Kures,_Voldemar, lk 134
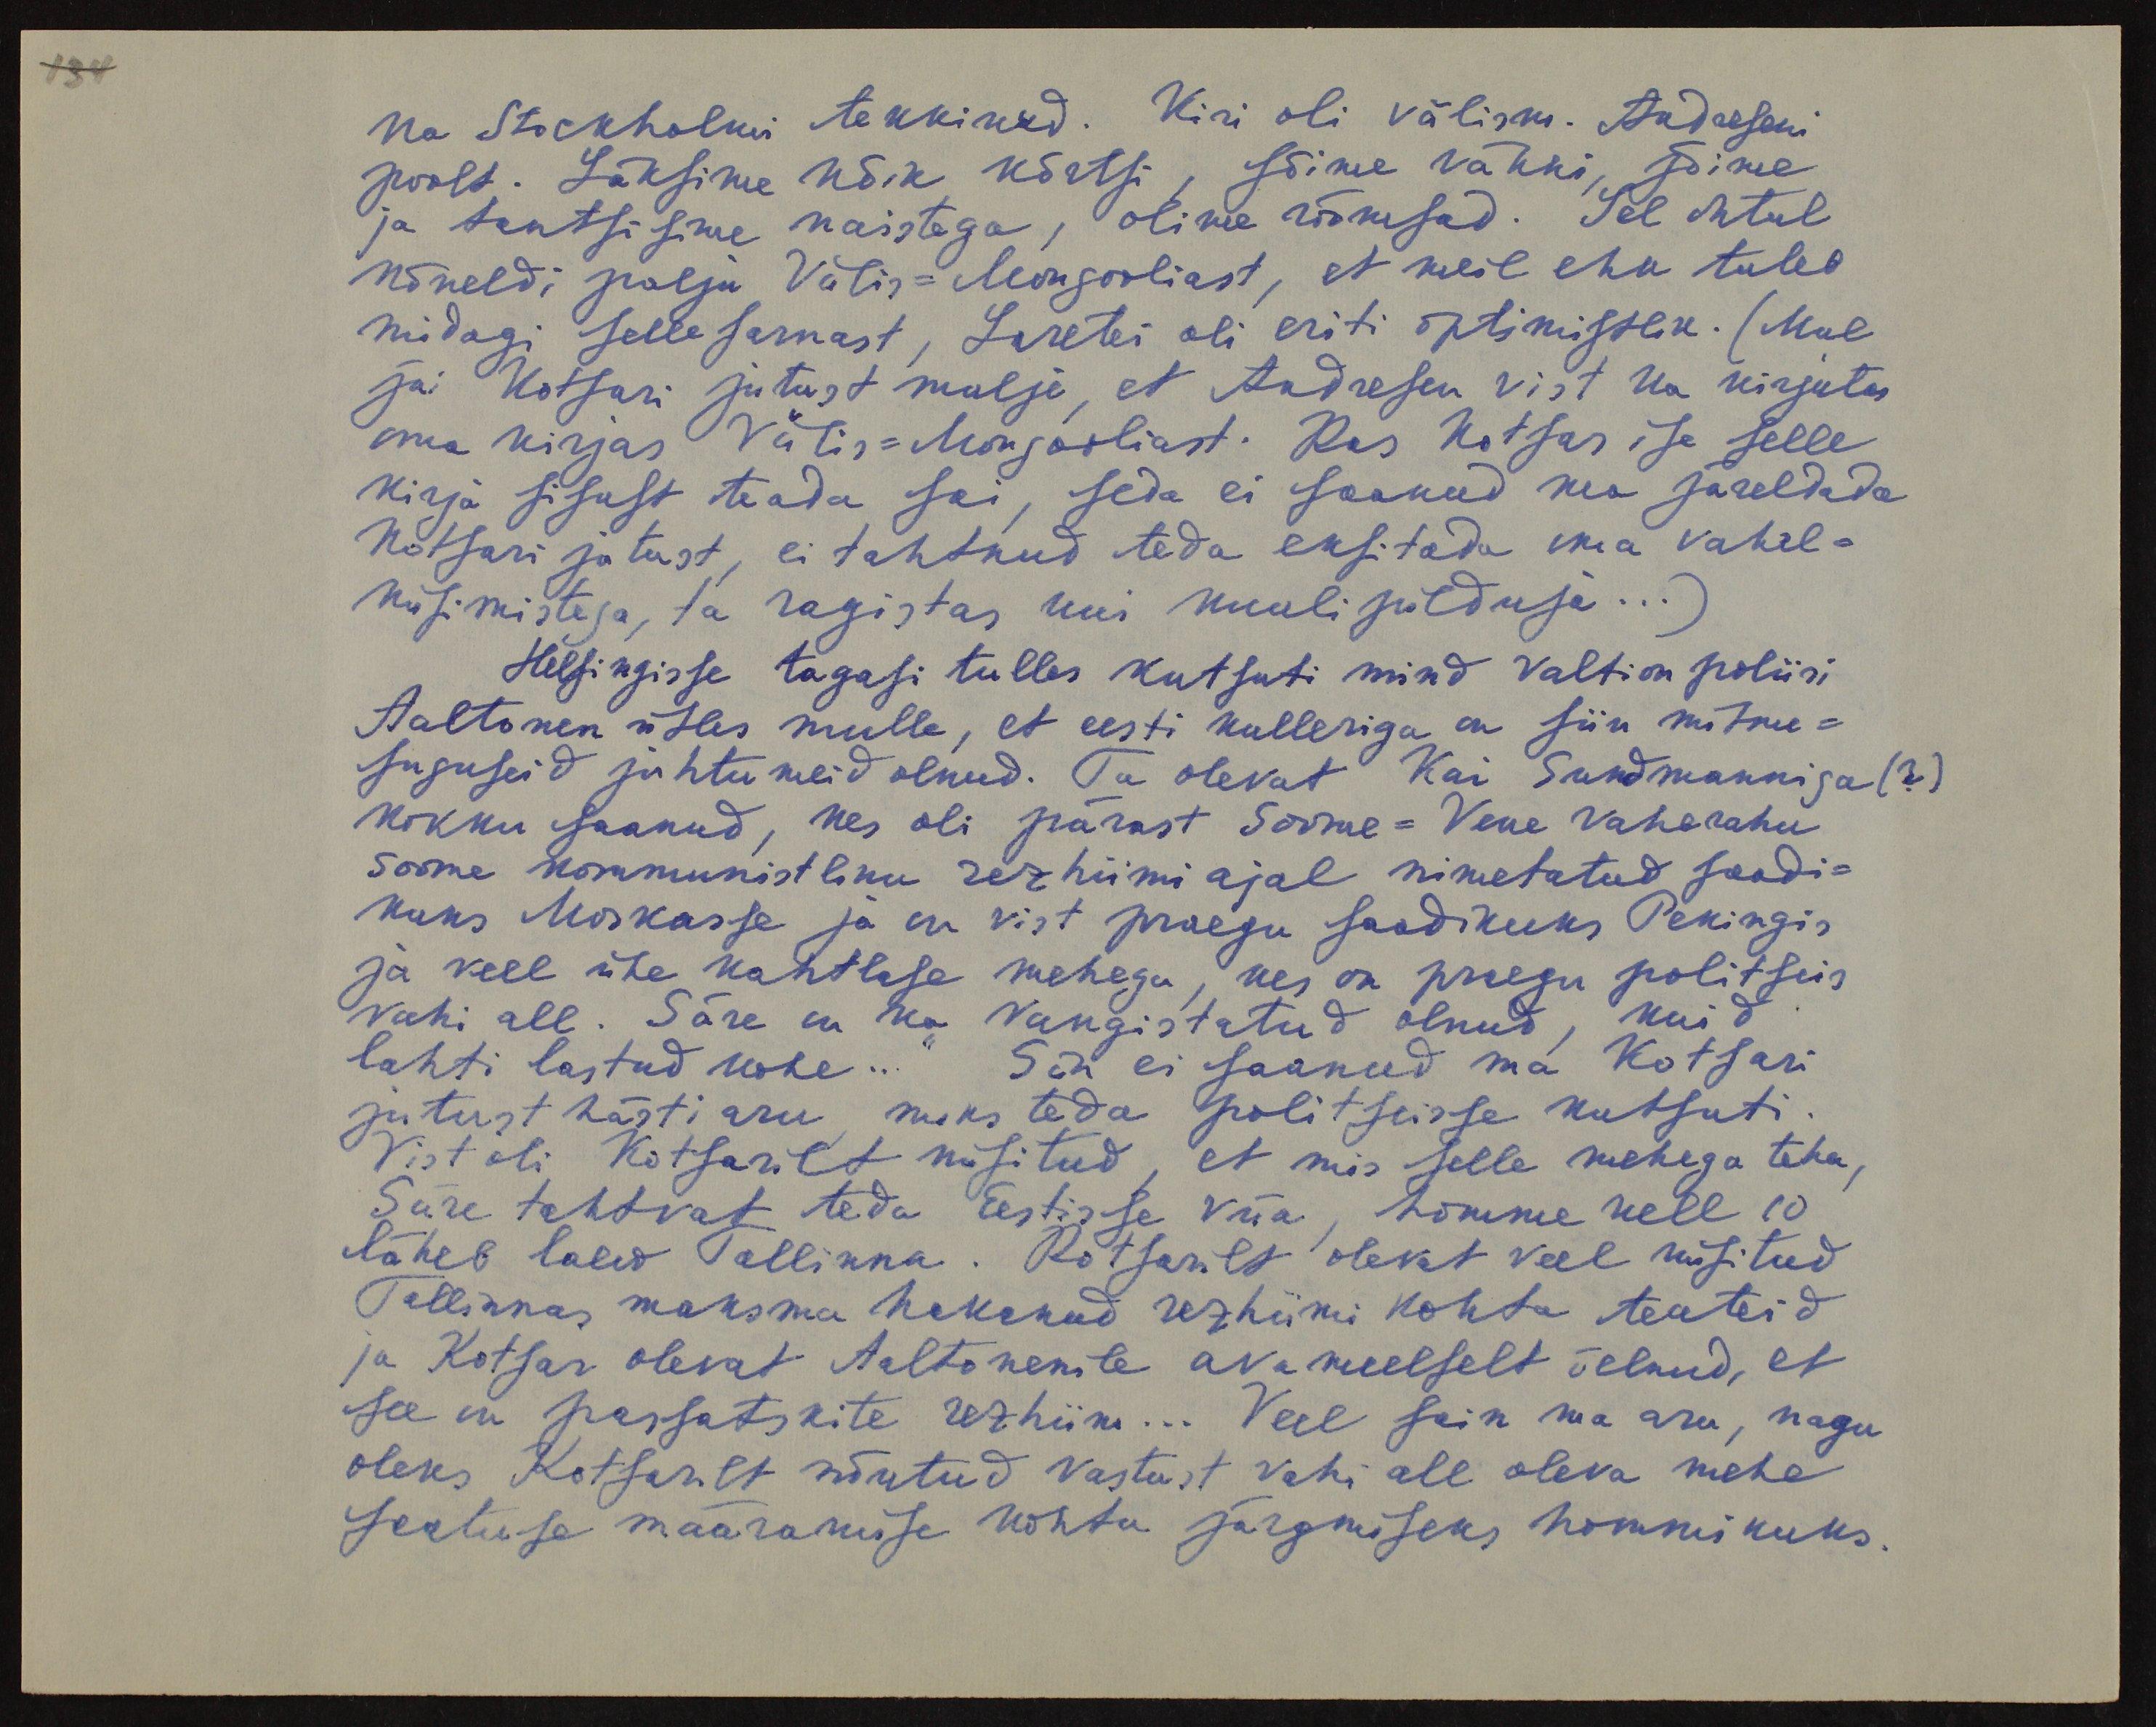
ka Stockholmi tekkinud. Kiri oli välism. Andreseni
poolt. Läksime kõik kõrtsi, sõime vähki, jõime
ja tantsisime naistega, olime rõõmsad. Sel õhtul
kõneldi palju Välis-Mongooliast, et meil ehk tuleb
midagi selle sarnast, Laretei oli eriti optimistlik. (Mul
jäi Kotsari jutust mulje, et Andresen vist ka kirjutas
oma kirjas Välis-Mongooliast. Kas Kotsar ise selle
kirja sisust teada sai, seda ei saanud ma järeldada
Kotsari jutust, ei tahtnud teda eksitada oma vahel-
küsimistega, ta ragistas kui kuulipilduja...)
Helsingisse tagasi tulles kutsuti mind Valtion poliisi
Aaltonen ütles mulle, et eesti kulleriga on siin mitme-
suguseid juhtumeid olnud. Ta olevat Kai Sundmanniga (?)
kokku saanud, kes oli pärast Soome-Vene vaherahu
Soome kommunistliku rezhiimi ajal nimetatud saadi-
kuks Moskasse ja on vist praegu saadikuks Pekingis
ja veel ühe kahtlase mehega, kes on praegu politseis
vahi all. Säre on ka vangistatud olnud, kuid
lahti lastud kohe..." Siin ei saanud ma Kotsari
jutust hästi aru, miks teda politseisse kutsuti.
Vist oli Kotsarilt küsitud, et mis selle mehega teha,
Säre tahtvat teda Eestisse viia, homme kell 10
läheb laew Tallinna. Kotsarilt olevat veel küsitud
Tallinnas maksma hakanud rezhiimi kohta teateid
ja Kotsar olevat Aaltonenile avameelselt öelnud, et
see on passatskite rezhiim... Veel sain ma aru, nagu
oleks Kotsarilt nõutud vastust vahi all oleva mehe
saatuse määramise kohta järgmiseks hommikuks.